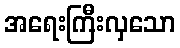
အရေးကြီးလှသော